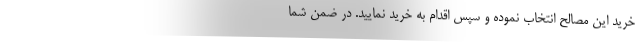
خرید این مصالح انتخاب نموده و سپس اقدام به خرید نمایید. در ضمن شما